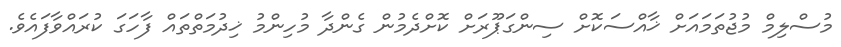
މުސްލިމް މުޖުތަމައަށް ޚާއްސަކޮށް ސިންގަޕޫރަށް ކޮށްދެމުން ގެންދާ މުހިންމު ޚިދުމަތްތައް ފާހަގަ ކުރައްވާފައެވެ.